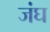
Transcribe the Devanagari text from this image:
जंघ